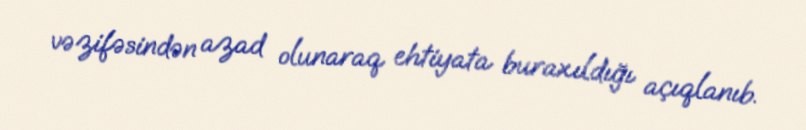
vəzifəsindən azad olunaraq ehtiyata buraxıldığı açıqlanıb.